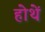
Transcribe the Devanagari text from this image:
होथें